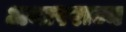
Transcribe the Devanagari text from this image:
अन्तरराज्य